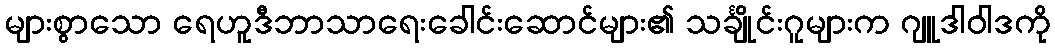
များစွာသော ရေဟူဒီဘာသာရေးခေါင်းဆောင်များ၏ သင်္ချိုင်းဂူများက ဂျူဒါဝါဒကို